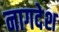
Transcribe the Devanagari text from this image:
नागदेश